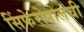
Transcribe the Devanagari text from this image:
सिंफेरोपोलची